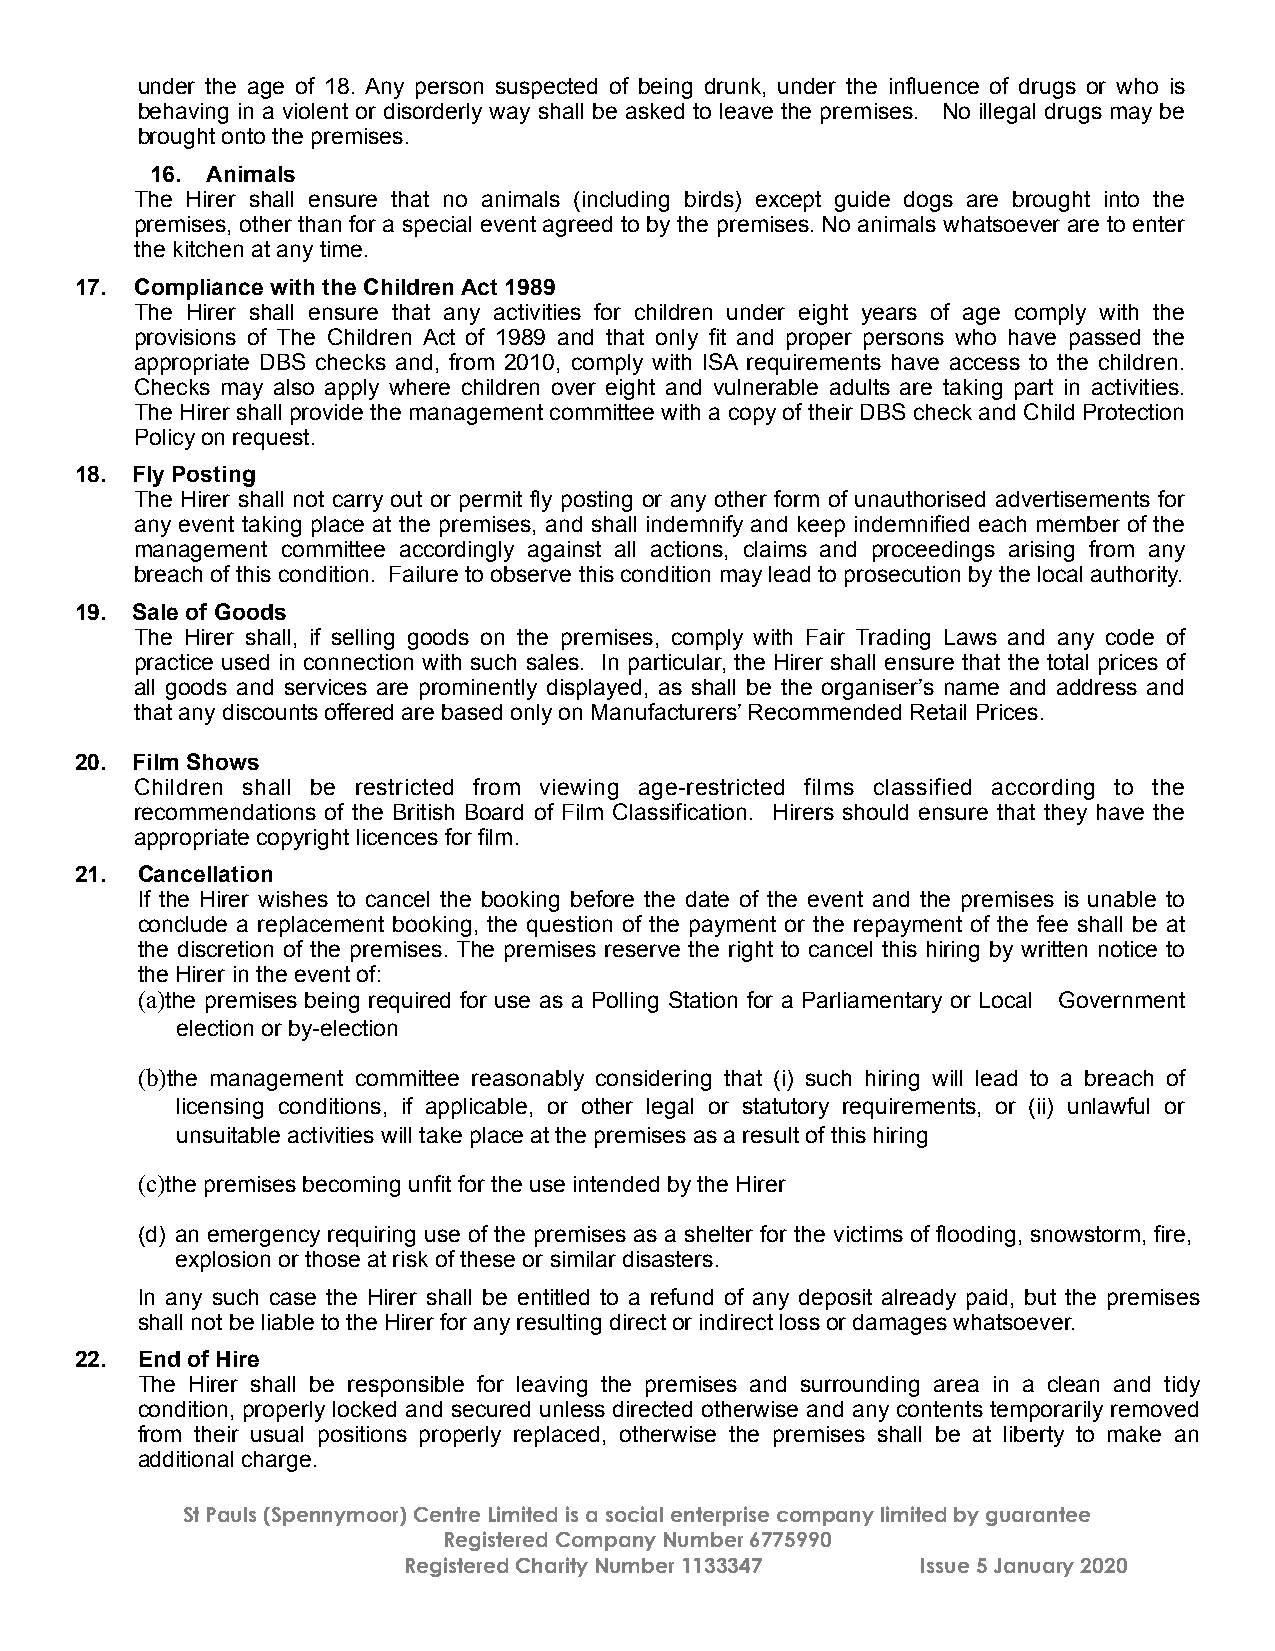
under the age of 18. Any person suspected of being drunk, under the influence of drugs or who is
 behaving in a violent or disorderly way shall be asked to leave the premises. No illegal drugs may be
 brought onto the premises.
 16. Animals
 The Hirer shall ensure that no animals (including birds) except guide dogs are brought into the
 premises, other than for a special event agreed to by the premises. No animals whatsoever are to enter
 the kitchen at any time.
 17. Compliance with the Children Act 1989
 The Hirer shall ensure that any activities for children under eight years of age comply with the
 provisions of The Children Act of 1989 and that only fit and proper persons who have passed the
 appropriate DBS checks and, from 2010, comply with ISA requirements have access to the children.
 Checks may also apply where children over eight and vulnerable adults are taking part in activities.
 The Hirer shall provide the management committee with a copy of their DBS check and Child Protection
 Policy on request.
 18. Fly Posting
 The Hirer shall not carry out or permit fly posting or any other form of unauthorised advertisements for
 any event taking place at the premises, and shall indemnify and keep indemnified each member of the
 management committee accordingly against all actions, claims and proceedings arising from any
 breach of this condition. Failure to observe this condition may lead to prosecution by the local authority.
 19. Sale of Goods
 The Hirer shall, if selling goods on the premises, comply with Fair Trading Laws and any code of
 practice used in connection with such sales. In particular, the Hirer shall ensure that the total prices of
 all goods and services are prominently displayed, as shall be the organiser’s name and address and
 that any discounts offered are based only on Manufacturers’ Recommended Retail Prices.
 20. Film Shows
 Children shall be restricted from viewing age-restricted films classified according to the
 recommendations of the British Board of Film Classification. Hirers should ensure that they have the
 appropriate copyright licences for film.
 21. Cancellation
 If the Hirer wishes to cancel the booking before the date of the event and the premises is unable to
 conclude a replacement booking, the question of the payment or the repayment of the fee shall be at
 the discretion of the premises. The premises reserve the right to cancel this hiring by written notice to
 the Hirer in the event of:
 (a)the premises being required for use as a Polling Station for a Parliamentary or Local Government
 election or by-election
 (b)the management committee reasonably considering that (i) such hiring will lead to a breach of
 licensing conditions, if applicable, or other legal or statutory requirements, or (ii) unlawful or
 unsuitable activities will take place at the premises as a result of this hiring
 (c)the premises becoming unfit for the use intended by the Hirer
 (d) an emergency requiring use of the premises as a shelter for the victims of flooding, snowstorm, fire,
 explosion or those at risk of these or similar disasters.
 In any such case the Hirer shall be entitled to a refund of any deposit already paid, but the premises
 shall not be liable to the Hirer for any resulting direct or indirect loss or damages whatsoever.
 22. End of Hire
 The Hirer shall be responsible for leaving the premises and surrounding area in a clean and tidy
 condition, properly locked and secured unless directed otherwise and any contents temporarily removed
 from their usual positions properly replaced, otherwise the premises shall be at liberty to make an
 additional charge.
 St Pauls (Spennymoor) Centre Limited is a social enterprise company limited by guarantee
 Registered Company Number 6775990
 Registered Charity Number 1133347 Issue 5 January 2020